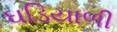
ઘડિયાળી